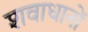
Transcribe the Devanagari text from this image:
शवाधानों